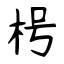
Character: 枵